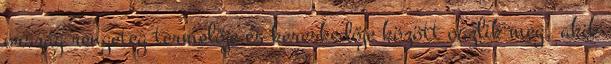
ország rengeteg termelője és kereskedője között oszlik meg, akik